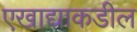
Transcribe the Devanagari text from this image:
एखाद्याकडील